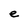
Character: e